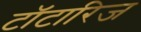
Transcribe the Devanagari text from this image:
टॉटारिज